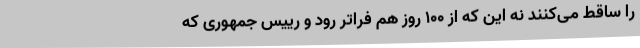
را ساقط می‌کنند نه این که از 100 روز هم فراتر رود و رییس جمهوری که